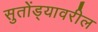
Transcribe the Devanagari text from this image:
सुतोंड्यावरील